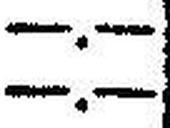
—.—